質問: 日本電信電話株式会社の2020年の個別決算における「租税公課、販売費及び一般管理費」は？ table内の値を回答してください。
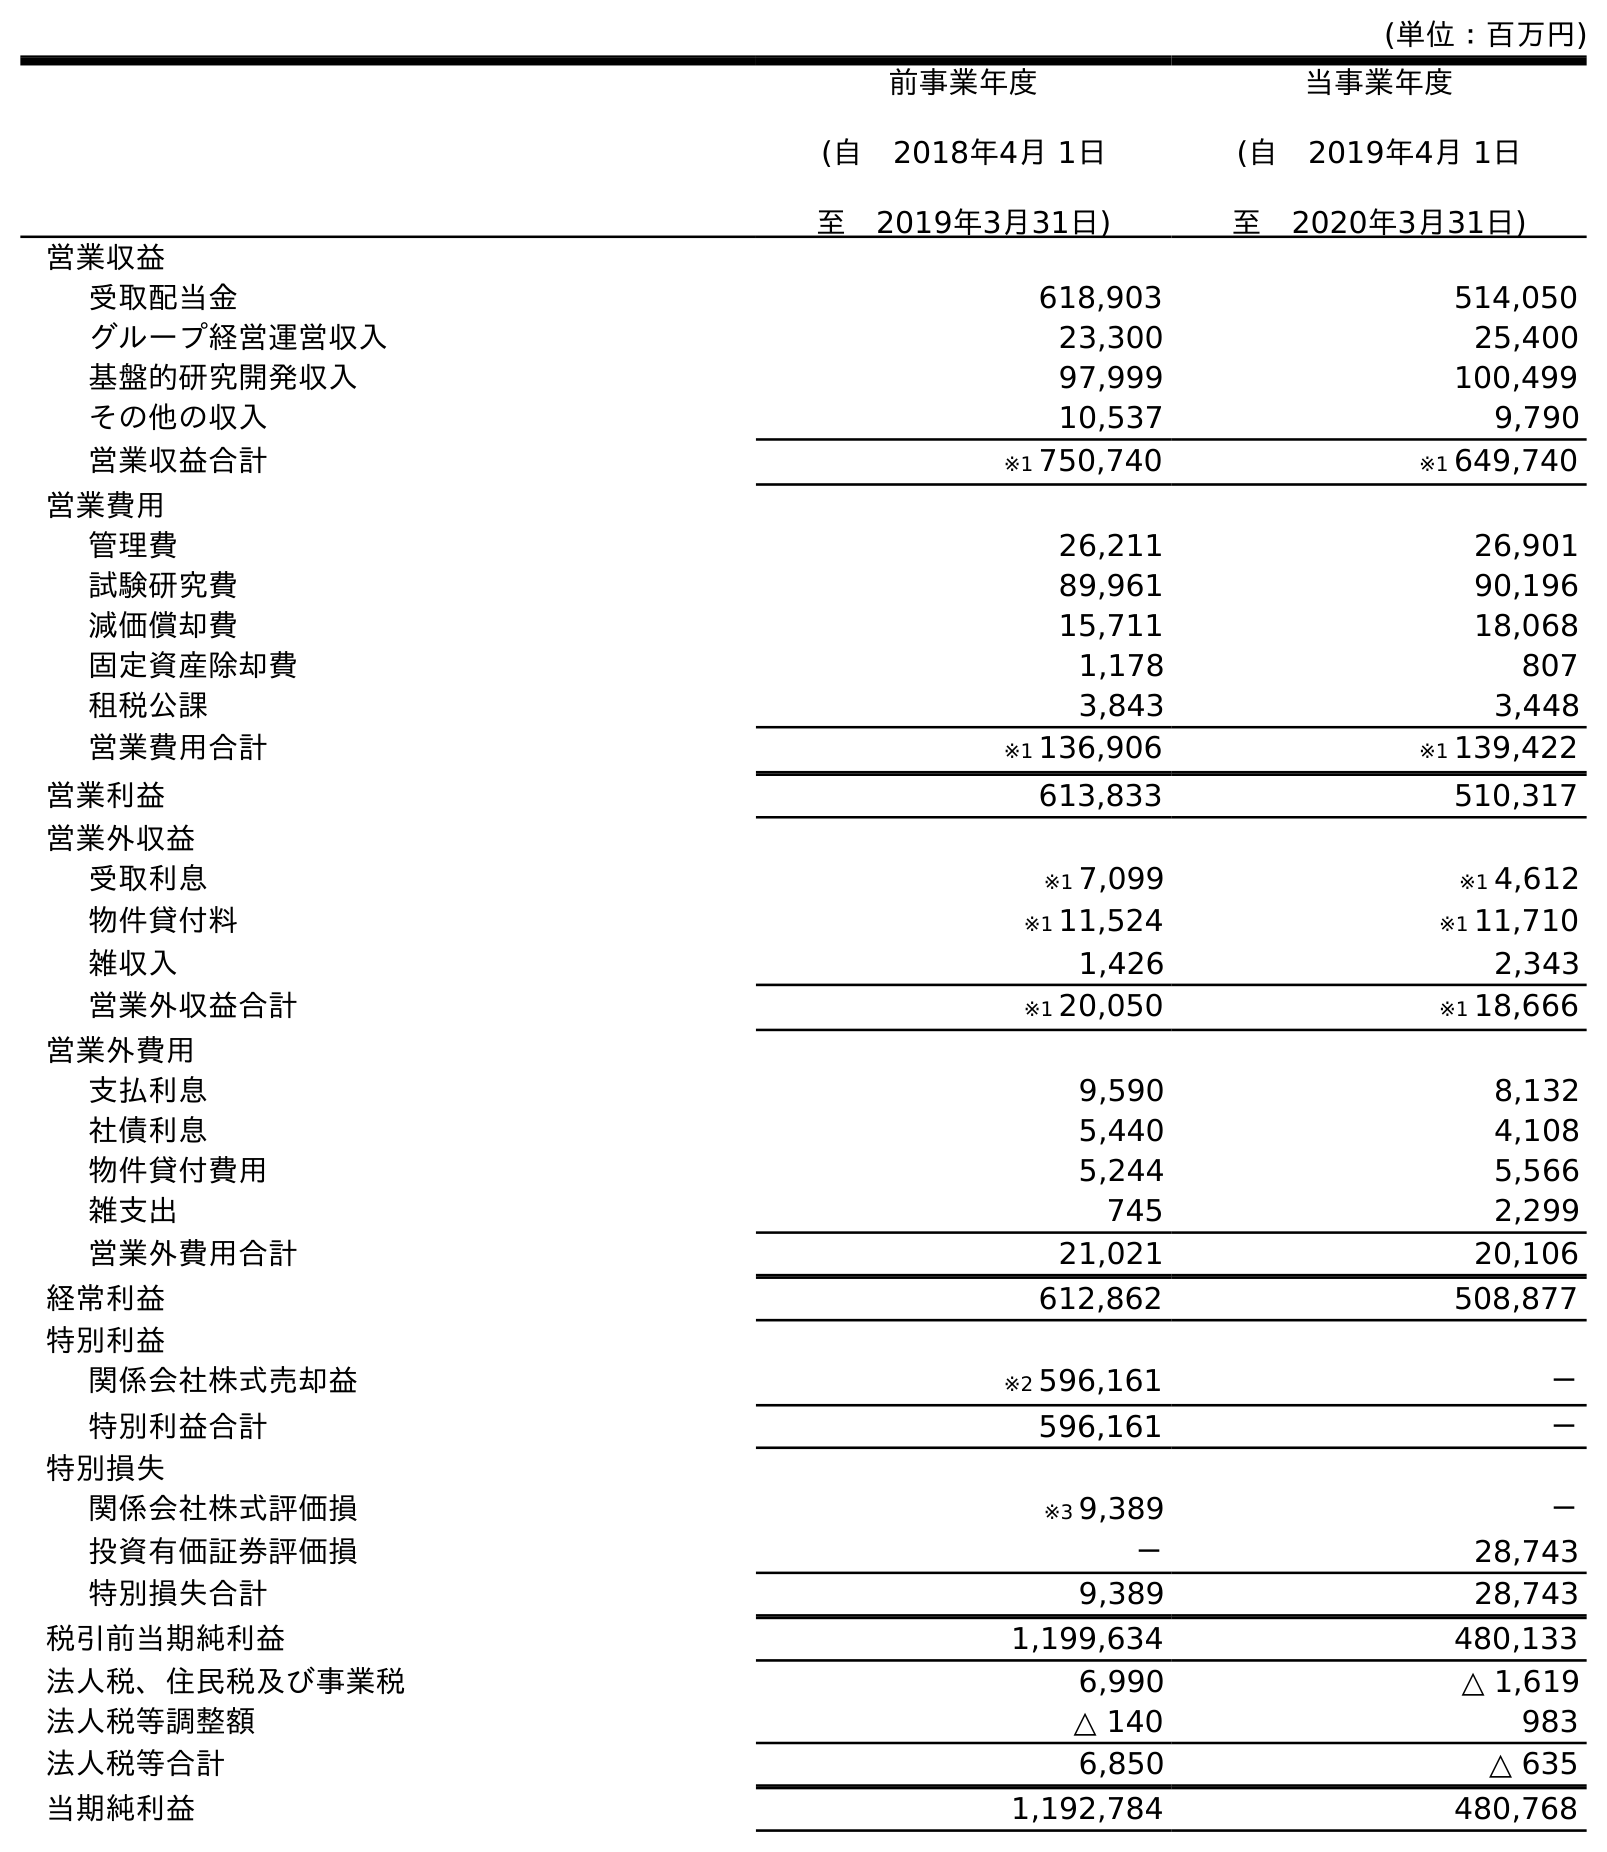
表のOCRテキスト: (単位：百万円) 前事業年度 (自 2018年4月 1日 至 2019年3月31日) 当事業年度 (自 2019年4月 1日 至 2020年3月31日) 営業収益 受取配当金 618,903 514,050 グループ経営運営収入 23,300 25,400 基盤的研究開発収入 97,999 100,499 その他の収入 10,537 9,790 営業収益合計 ※1 750,740 ※1 649,740 営業費用 管理費 26,211 26,901 試験研究費 89,961 90,196 減価償却費 15,711 18,068 固定資産除却費 1,178 807 租税公課 3,843 3,448 営業費用合計 ※1 136,906 ※1 139,422 営業利益 613,833 510,317 営業外収益 受取利息 ※1 7,099 ※1 4,612 物件貸付料 ※1 11,524 ※1 11,710 雑収入 1,426 2,343 営業外収益合計 ※1 20,050 ※1 18,666 営業外費用 支払利息 9,590 8,132 社債利息 5,440 4,108 物件貸付費用 5,244 5,566 雑支出 745 2,299 営業外費用合計 21,021 20,106 経常利益 612,862 508,877 特別利益 関係会社株式売却益 ※2 596,161 － 特別利益合計 596,161 － 特別損失 関係会社株式評価損 ※3 9,389 － 投資有価証券評価損 － 28,743 特別損失合計 9,389 28,743 税引前当期純利益 1,199,634 480,133 法人税、住民税及び事業税 6,990 △ 1,619 法人税等調整額 △ 140 983 法人税等合計 6,850 △ 635 当期純利益 1,192,784 480,768
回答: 3,448